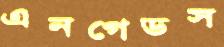
এনগেডস